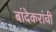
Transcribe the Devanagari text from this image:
बांदेकरांची